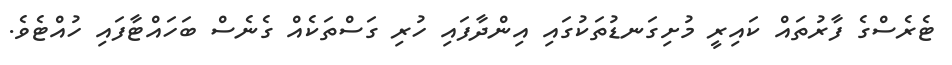
ޓެރެސްގެ ފާރުތައް ކައިރީ މުށިގަނޑުތަކުގައި އިންދާފައި ހުރި ގަސްތަކެއް ގެނެސް ބަހައްޓާފައި ހުއްޓެވެ.